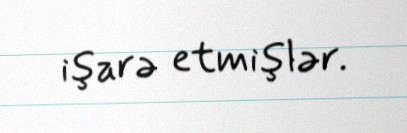
işarə etmişlər.